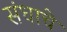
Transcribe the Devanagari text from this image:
संधाचे